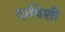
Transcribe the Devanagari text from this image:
दाविशी